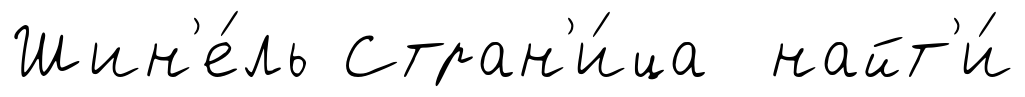
Шин'е́ль Стран'и́ца найт'и́